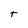
Character: t